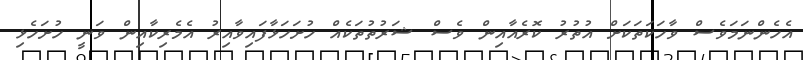
އެހެންނަމަވެސް ވާހަކަތަކަށް އުތުރު ކޮރެއާއިން ވެސް ޝަރުތުތަކެއް ހުށަހަޅާފައިވާއިރު އެމެރިކާއިން ވަނީ ހުށަހެޅި